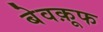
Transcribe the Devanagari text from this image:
बेवक़ूफ